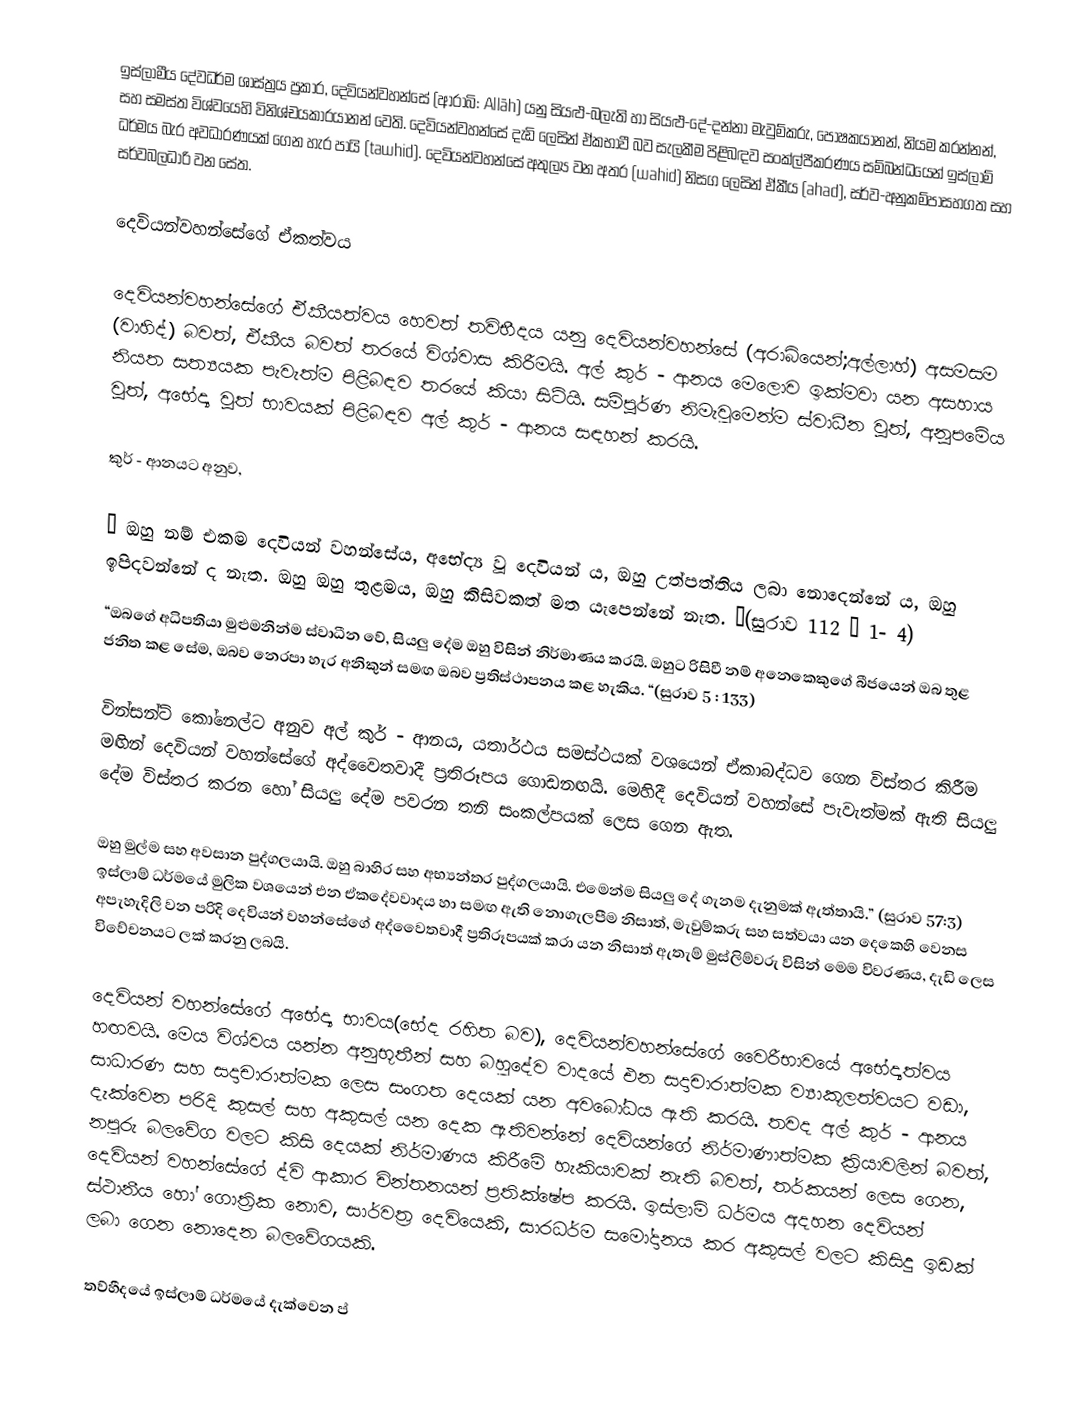
ඉස්ලාමීය දේවධර්ම ශාස්ත්‍රය ප්‍රකාර, දෙවියන්වහන්සේ (ආරාබි: Allāh) යනු සියළු-බලැති හා සියළු-දේ-දන්නා මැවුම්කරු, පෝෂකයානන්, නියම කරන්නන්, සහ සමස්ත විශ්වයෙහි විනිශ්චයකාරයානන් වෙති. දෙවියන්වහන්සේ දැඩි ලෙසින් ඒකභාවී බව සැලකීම පිළිබඳව සංක්ල්පීකරණය සම්බන්ධයෙන් ඉස්ලාම් ධර්මය බැර අවධාරණයක් ගෙන හැර පායි  (tawhid). දෙවියන්වහන්සේ අතුල්‍ය වන අතර  (wahid) නිසග ලෙසින් ඒකීය (ahad), සර්ව-අනුකම්පාසහගත සහ සර්වබලධාරි වන සේත.

දෙවියන්වහන්සේගේ ඒකත්වය

දෙවියන්වහන්සේගේ ඒකීයත්වය හෙවත් තවිභීදය යනු දෙවියන්වහන්සේ (අරාබියෙන්;අල්ලාහ්) අසමසම (වාහිද්) බවත්, ඒකීය බවත් තරයේ විශ්වාස කිරීමයි. අල් කුර් - ආනය මෙලොව ඉක්මවා යන අසහාය නියත සත්‍යයක පැවැත්ම පිළිබඳව තරයේ කියා සිටියි. සම්පූර්ණ නිමැවුමෙන්ම ස්වාධීන වූත්, අනූපමේය වූත්, අභේද්‍ය වූත් භාවයක් පිළිබඳව අල් කුර් - ආනය සඳහන් කරයි.

කුර් - ආනයට අනුව,

“ ඔහු නම් එකම දෙවියන් වහන්සේය, අභේද්‍ය වූ දෙවියන් ය, ඔහු උත්පත්තිය ලබා නොදෙන්නේ ය, ඔහු ඉපිදවන්නේ ද නැත. ඔහු ඔහු තුළමය, ඔහු කිසිවකත් මත යැපෙන්නේ නැත. “(සුරාව 112 – 1- 4)
“ඔබගේ අධිපතියා මුළුමනින්ම ස්වාධීන වේ, සියලු දේම ඔහු විසින් නිර්මාණය කරයි. ඔහුට රිසිවී නම් අනෙකෙකුගේ බීජයෙන් ඔබ තුළ ජනිත කළ සේම, ඔබව නෙරපා හැර අනිකුන් සමඟ ඔබව ප්‍රතිස්ථාපනය කළ හැකිය. “(සුරාව 5 : 133)

වින්සන්ට් කෝනෙල්ට අනුව අල් කුර් - ආනය, යතාර්ථය සමස්ථයක් වශයෙන් ඒකාබද්ධව ගෙන විස්තර කිරීම මඟින් දෙවියන් වහන්සේගේ අද්වෛතවාදී ප්‍රතිරූපය ගොඩනඟයි. මෙහිදී දෙවියන් වහන්සේ  පැවැත්මක් ඇති සියලු දේම විස්තර කරන හෝ සියලු දේම පවරන  තනි සංකල්පයක් ලෙස ගෙන ඇත.

ඔහු මුල්ම සහ අවසාන පුද්ගලයායි. ඔහු බාහිර සහ අභ්‍යන්තර පුද්ගලයායි. එමෙන්ම සියලු දේ ගැනම දැනුමක් ඇත්තායි.” (සුරාව 57:3) ඉස්ලාම් ධර්මයේ මුලික වශයෙන්  එන ඒකදේවවාදය හා සමඟ ඇති නොගැලපීම නිසාත්, මැවුම්කරු සහ සත්වයා යන දෙකෙහි  වෙනස අපැහැදිලි වන පරිදි දෙවියන් වහන්සේගේ අද්වෛතවාදී ප්‍රතිරූපයක් කරා යන නිසාත් ඇතැම් මුස්ලිම්වරු විසින් මෙම විවරණය, දැඩි ලෙස විවේචනයට ලක් කරනු ලබයි.

දෙවියන් වහන්සේගේ අභේද්‍ය භාවය(භේද රහිත බව), දෙවියන්වහන්සේගේ වෛරීභාවයේ අභේද්‍යත්වය හඟවයි. මෙය විශ්වය යන්න අනුභූතීන් සහ බහුදේව වාදයේ එන සදාචාරාත්මක ව්‍යාකූලත්වයට වඩා, සාධාරණ සහ සදාචාරාත්මක ලෙස සංගත දෙයක් යන අවබෝධය ඇති කරයි. තවද අල් කුර් - ආනය දැක්වෙන පරිදි කුසල් සහ අකුසල් යන දෙක ඇතිවන්නේ දෙවියන්ගේ නිර්මාණාත්මක ක්‍රියාවලින් බවත්, නපුරු බලවේග වලට කිසි දෙයක් නිර්මාණය කිරීමේ හැකියාවක් නැති බවත්, තර්කයන් ලෙස ගෙන, දෙවියන් වහන්සේගේ ‍ද්වි ආකාර චින්තනයන් ප්‍රතික්ෂේප කරයි. ඉස්ලාම් ධර්මය අදහන දෙවියන් ස්ථානීය ‍හෝ ගොත්‍රික නොව, සාර්වත්‍ර දෙවියෙකි, සාරධර්ම සමෝදානය කර අකුසල් වලට  කිසිදු ඉඩක් ලබා ගෙන නොදෙන බලවේගයකි.

තව්හීදයේ ඉස්ලාම් ධර්මයේ දැක්වෙන ප්